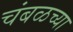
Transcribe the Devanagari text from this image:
चंबळच्या